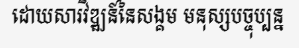
ដោយសារវិឌ្ឍន៍នៃសង្គម មនុស្សបច្ចុប្បន្ន